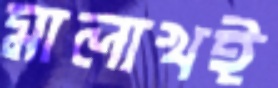
মালাখই